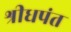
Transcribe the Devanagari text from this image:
श्रीधपंत